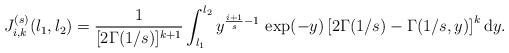
\begin{align*}J_{i,k}^{(s)}(l_1,l_2)&=\frac{1}{[2\Gamma(1/s)]^{k+1}}\int_{l_1}^{l_2}y^{\frac{i+1}{s}-1}\,\exp(-y)\left[2\Gamma(1/s)-\Gamma(1/s,y)\right]^k\mathrm{d}y.\end{align*}